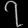
Digit: ၇